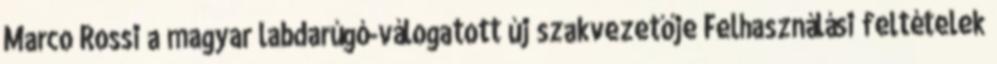
Marco Rossi a magyar labdarúgó-válogatott új szakvezetője Felhasználási feltételek